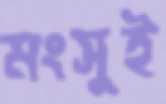
মংসুই